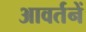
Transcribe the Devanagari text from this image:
आवर्तनें